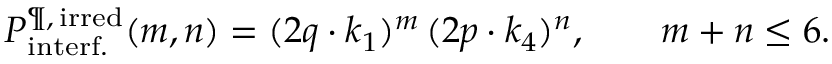
{ \cal P } _ { \mathrm { i n t e r f . } } ^ { \P , \, \mathrm { i r r e d } } ( m , n ) = ( 2 q \cdot k _ { 1 } ) ^ { m } \, ( 2 p \cdot k _ { 4 } ) ^ { n } , \qquad m + n \leq 6 .